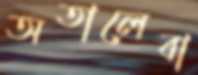
অতালেবা